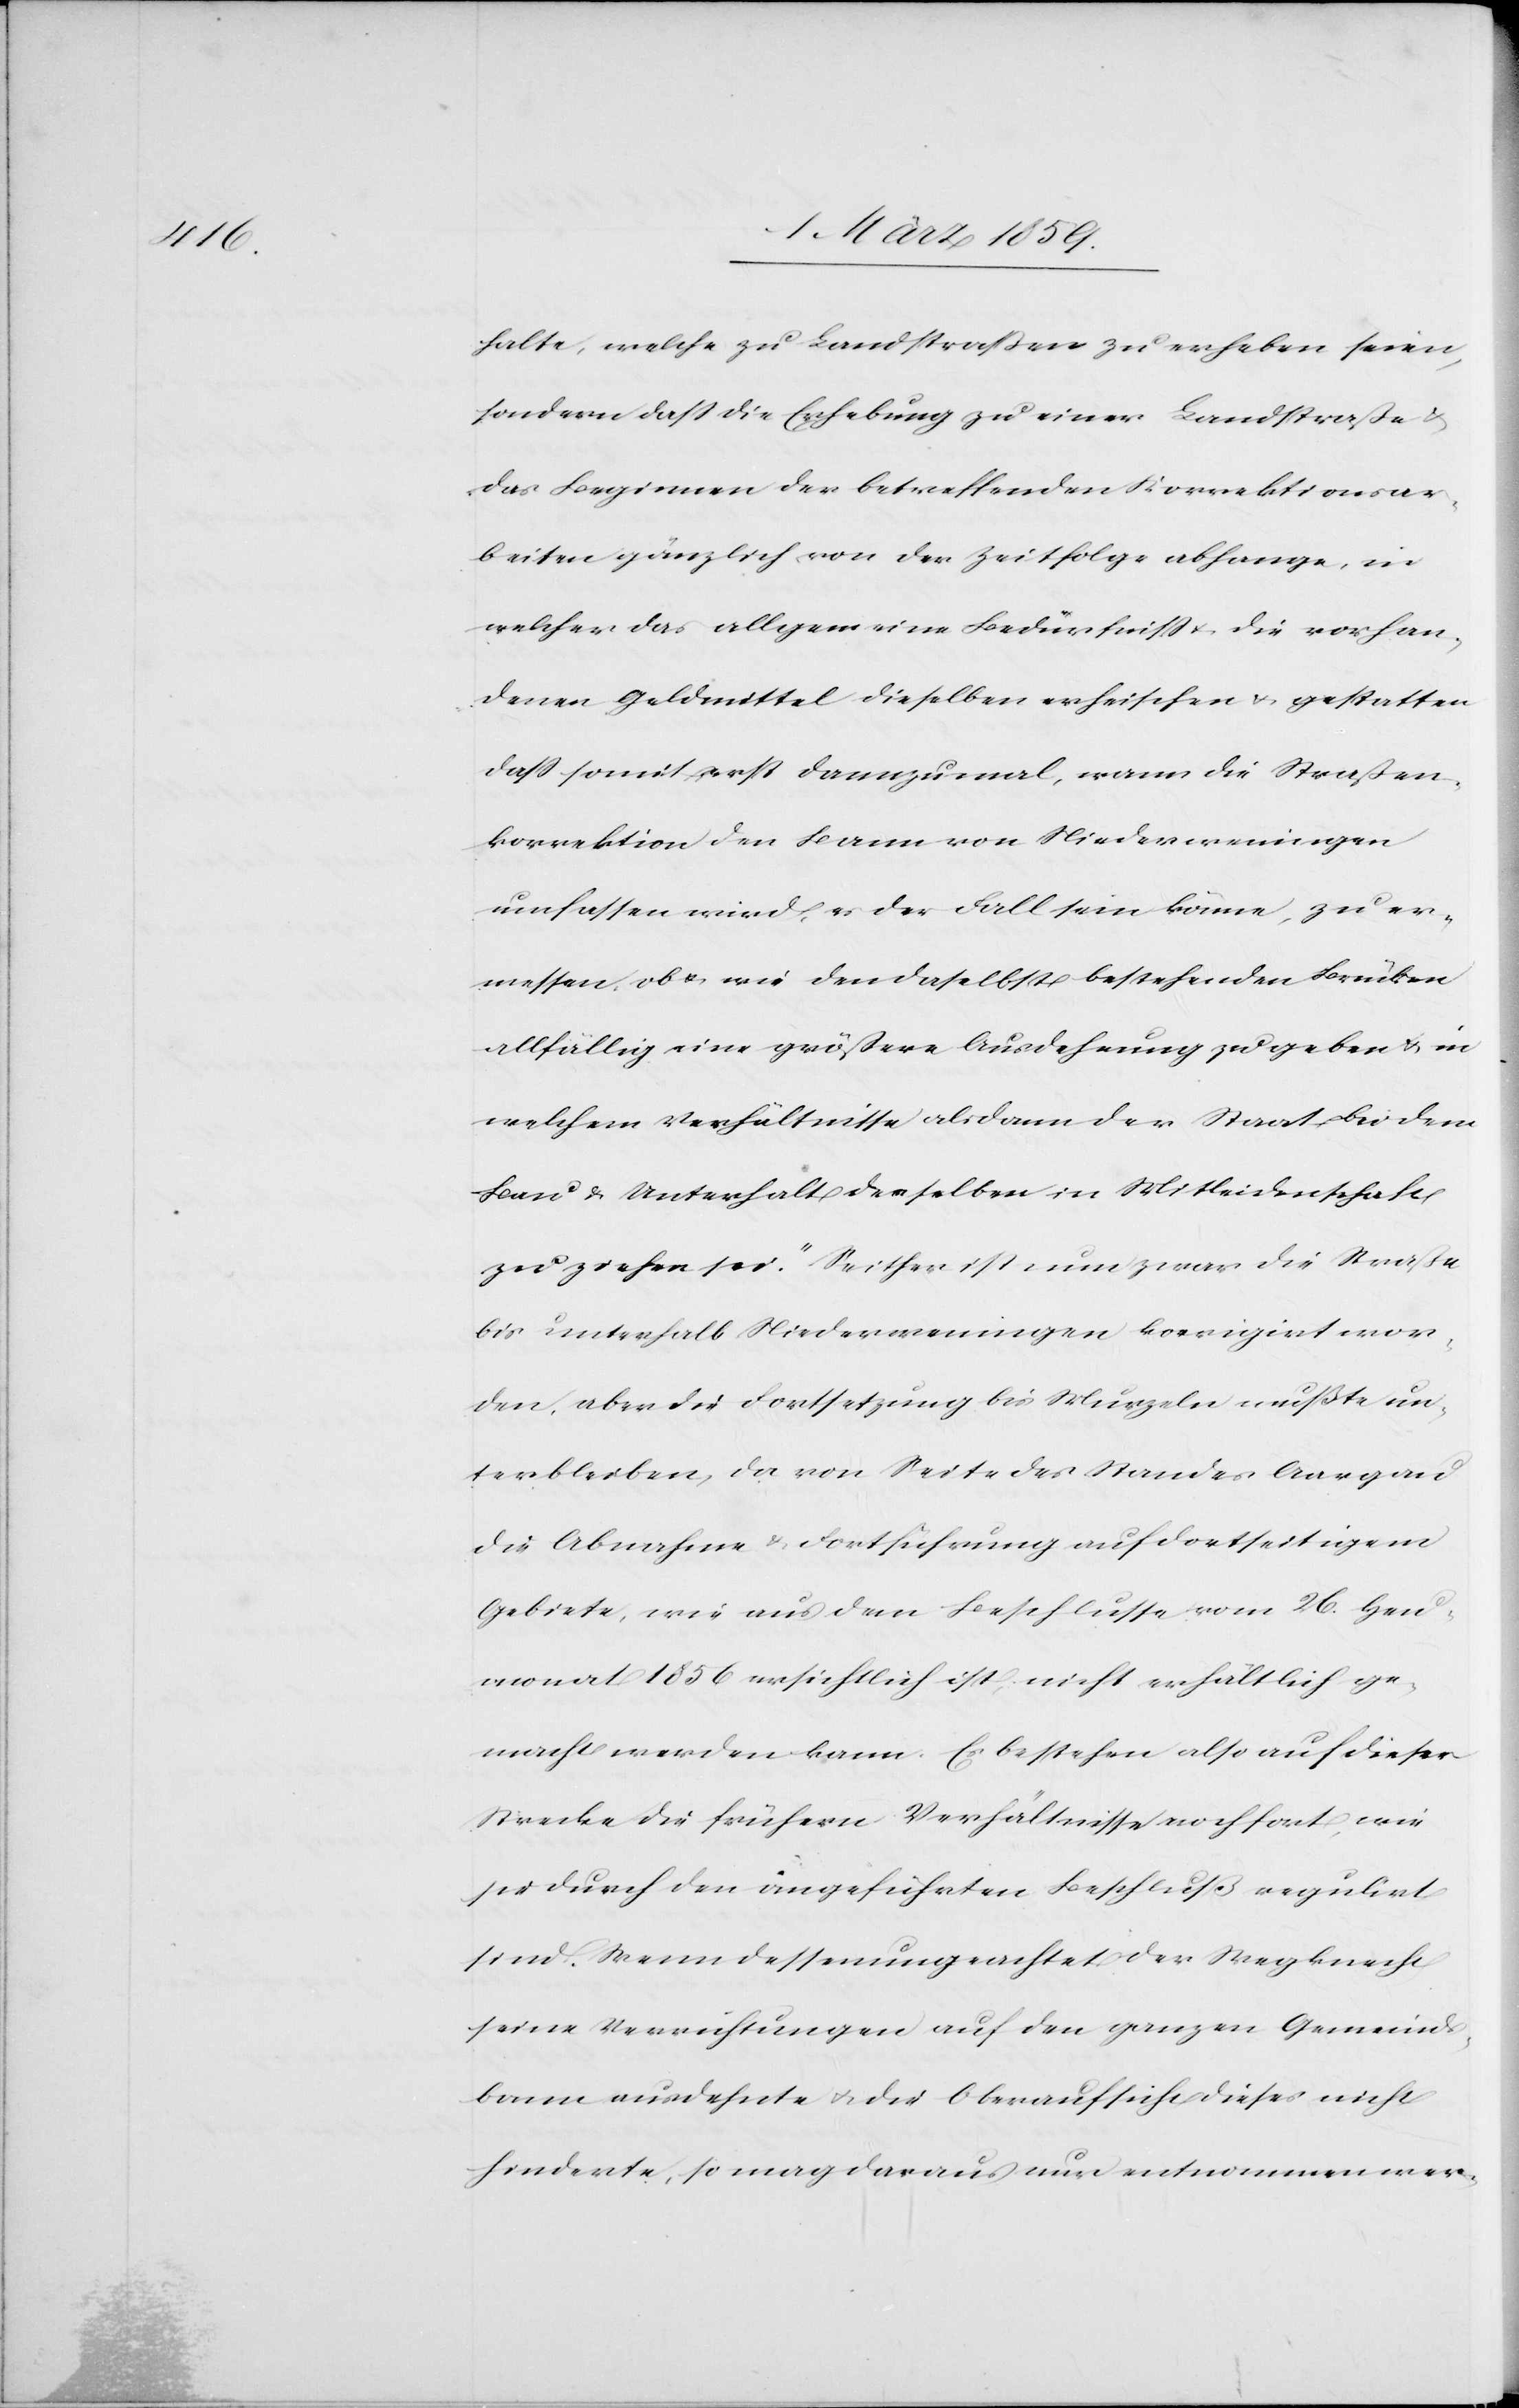
halte, welche zu Landstraßen zu erheben seien,
sondern daß die Erhebung zu einer Landstraße
das Beginnen der betreffenden Korrektionsar¬
beiten gänzlich von der Zeitfolge abhange, in
welcher das allgemeine Bedürfniß u. die vorhan¬
denen Geldmittel dieselben erheischen u. gestatten
daß somit erst dannzumal, wann die Straßen¬
korrektionen den Bann von Niederweningen
umfassen wird, es der Fall sein könne, zu er¬
messen, ob u. wie den daselbst bestehenden Brücken
allfällig eine größere Ausdehnung zu geben & in
welchem Verhältnisse alsdann der Staat bei dem
Bau u. Unterhalt derselben in Mitleidenschaft
zu ziehen sei.“ Seiher ist nun zwar die Straße
bis unterhalb Niederwenigen korrigirt wor¬
den, aber die Fortsetzung bis Murzeln mußte un¬
terbleiben, da von Seite des Standes Aargau
die Abnahme u. Fortführung auf dortseitigem
Gebiete, wie aus dem Beschlusse vom 26. Heu¬
monat 1856 ersichtlich ist, nicht erhältlich ge¬
macht werden kann. Es bestehen also auf dieser
Strecke die frühern Verhältnisse noch fort, wie
sie durch den angeführten Beschluß regulirt
sind. Wenn dessenungeachtet der Wegknecht
seine Verrichtungen auf den ganzen Gemeinds¬
bann ausdehnte u. die Oberaufsicht dieses nicht
hinderte, so mag daraus nur entnommen wer-